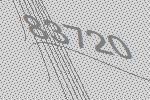
83720